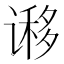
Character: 𰶁